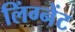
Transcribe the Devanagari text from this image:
लिंग्नेंट